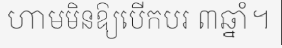
ហាមមិនឱ្យបើកបរ ៣ឆ្នាំ។